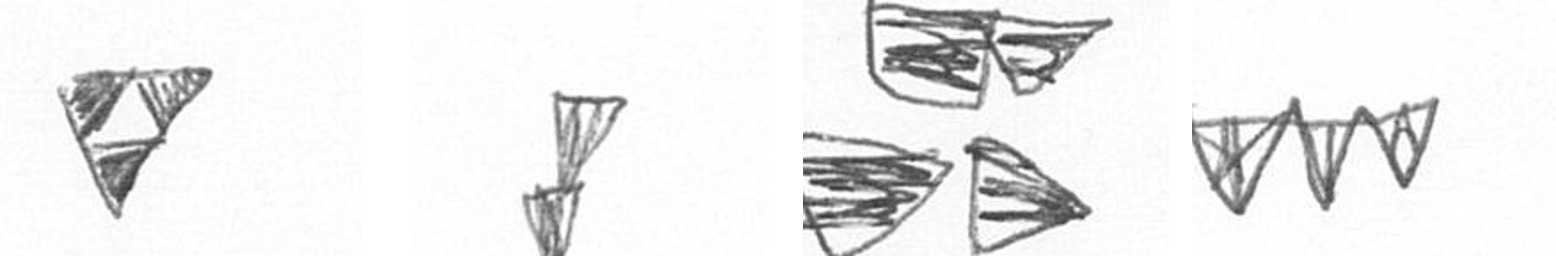
S Z B L